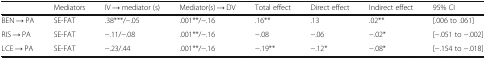
<table><thead><tr><td></td><td><b>Mediators</b></td><td><b>IV → mediator (s)</b></td><td><b>Mediator(s) → DV</b></td><td><b>Total effect</b></td><td><b>Direct effect</b></td><td><b>Indirect effect</b></td><td><b>95% CI</b></td></tr></thead><tbody><tr><td>BEN → PA</td><td>SE-FAT</td><td>.38***/−.05</td><td>.001**/−.16</td><td>.16**</td><td>.13</td><td>.02**</td><td>[.006 to .061]</td></tr><tr><td>RIS → PA</td><td>SE-FAT</td><td>−.11/−.08</td><td>.001**/−.16</td><td>−.08</td><td>−.06</td><td>−.02*</td><td>[−.051 to −.002]</td></tr><tr><td>LCE → PA</td><td>SE-FAT</td><td>−.23/.44</td><td>.001**/−.16</td><td>−.19**</td><td>−.12*</td><td>−.08*</td><td>[−.154 to −.018]</td></tr></tbody></table>